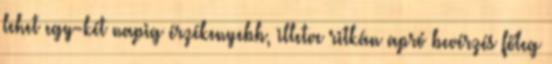
lehet egy-két napig érzékenyebb, illetve ritkán apró bevérzés főleg